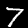
Digit: 7